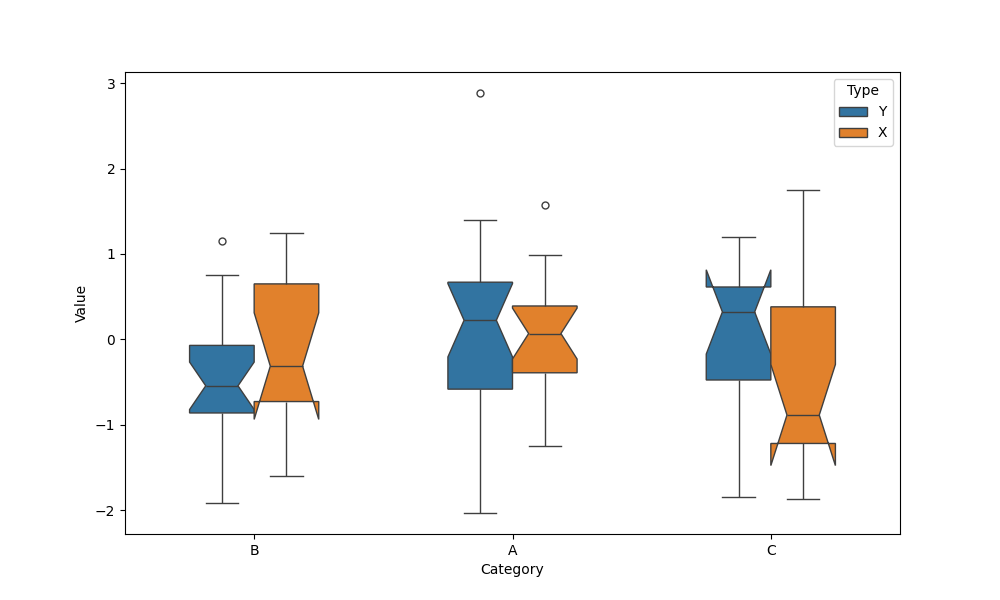
python, seaborn, boxplot, width=0.5, linewidth=1, fliersize=5, notch=True